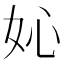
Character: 𡚿